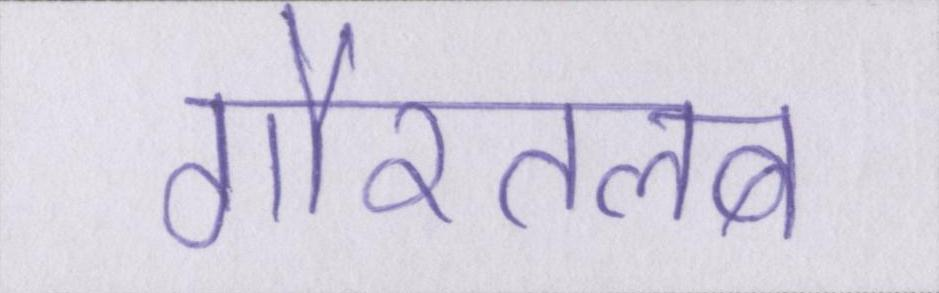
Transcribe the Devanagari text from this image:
गौरतलब